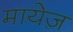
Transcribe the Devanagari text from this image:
मायेज़